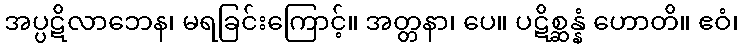
အပ္ပဋိလာဘေန၊ မရခြင်းကြောင့်။ အတ္တနာ၊ ပေ။ ပဋိစ္ဆန္နံ ဟောတိ။ ဧဝံ၊